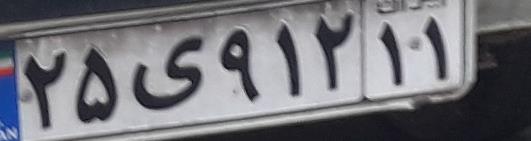
۲۵ی۹۱۲۱۱